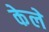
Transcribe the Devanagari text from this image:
केले